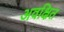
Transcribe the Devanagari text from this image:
अवक्षित